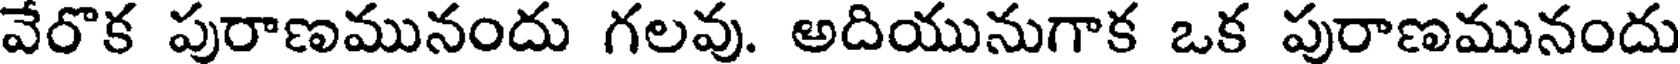
వేరొక పురాణమునందు గలవు. అదియునుగాక ఒక పురాణమునందు